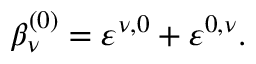
\beta _ { \nu } ^ { ( 0 ) } = \varepsilon ^ { \nu , 0 } + \varepsilon ^ { 0 , \nu } .